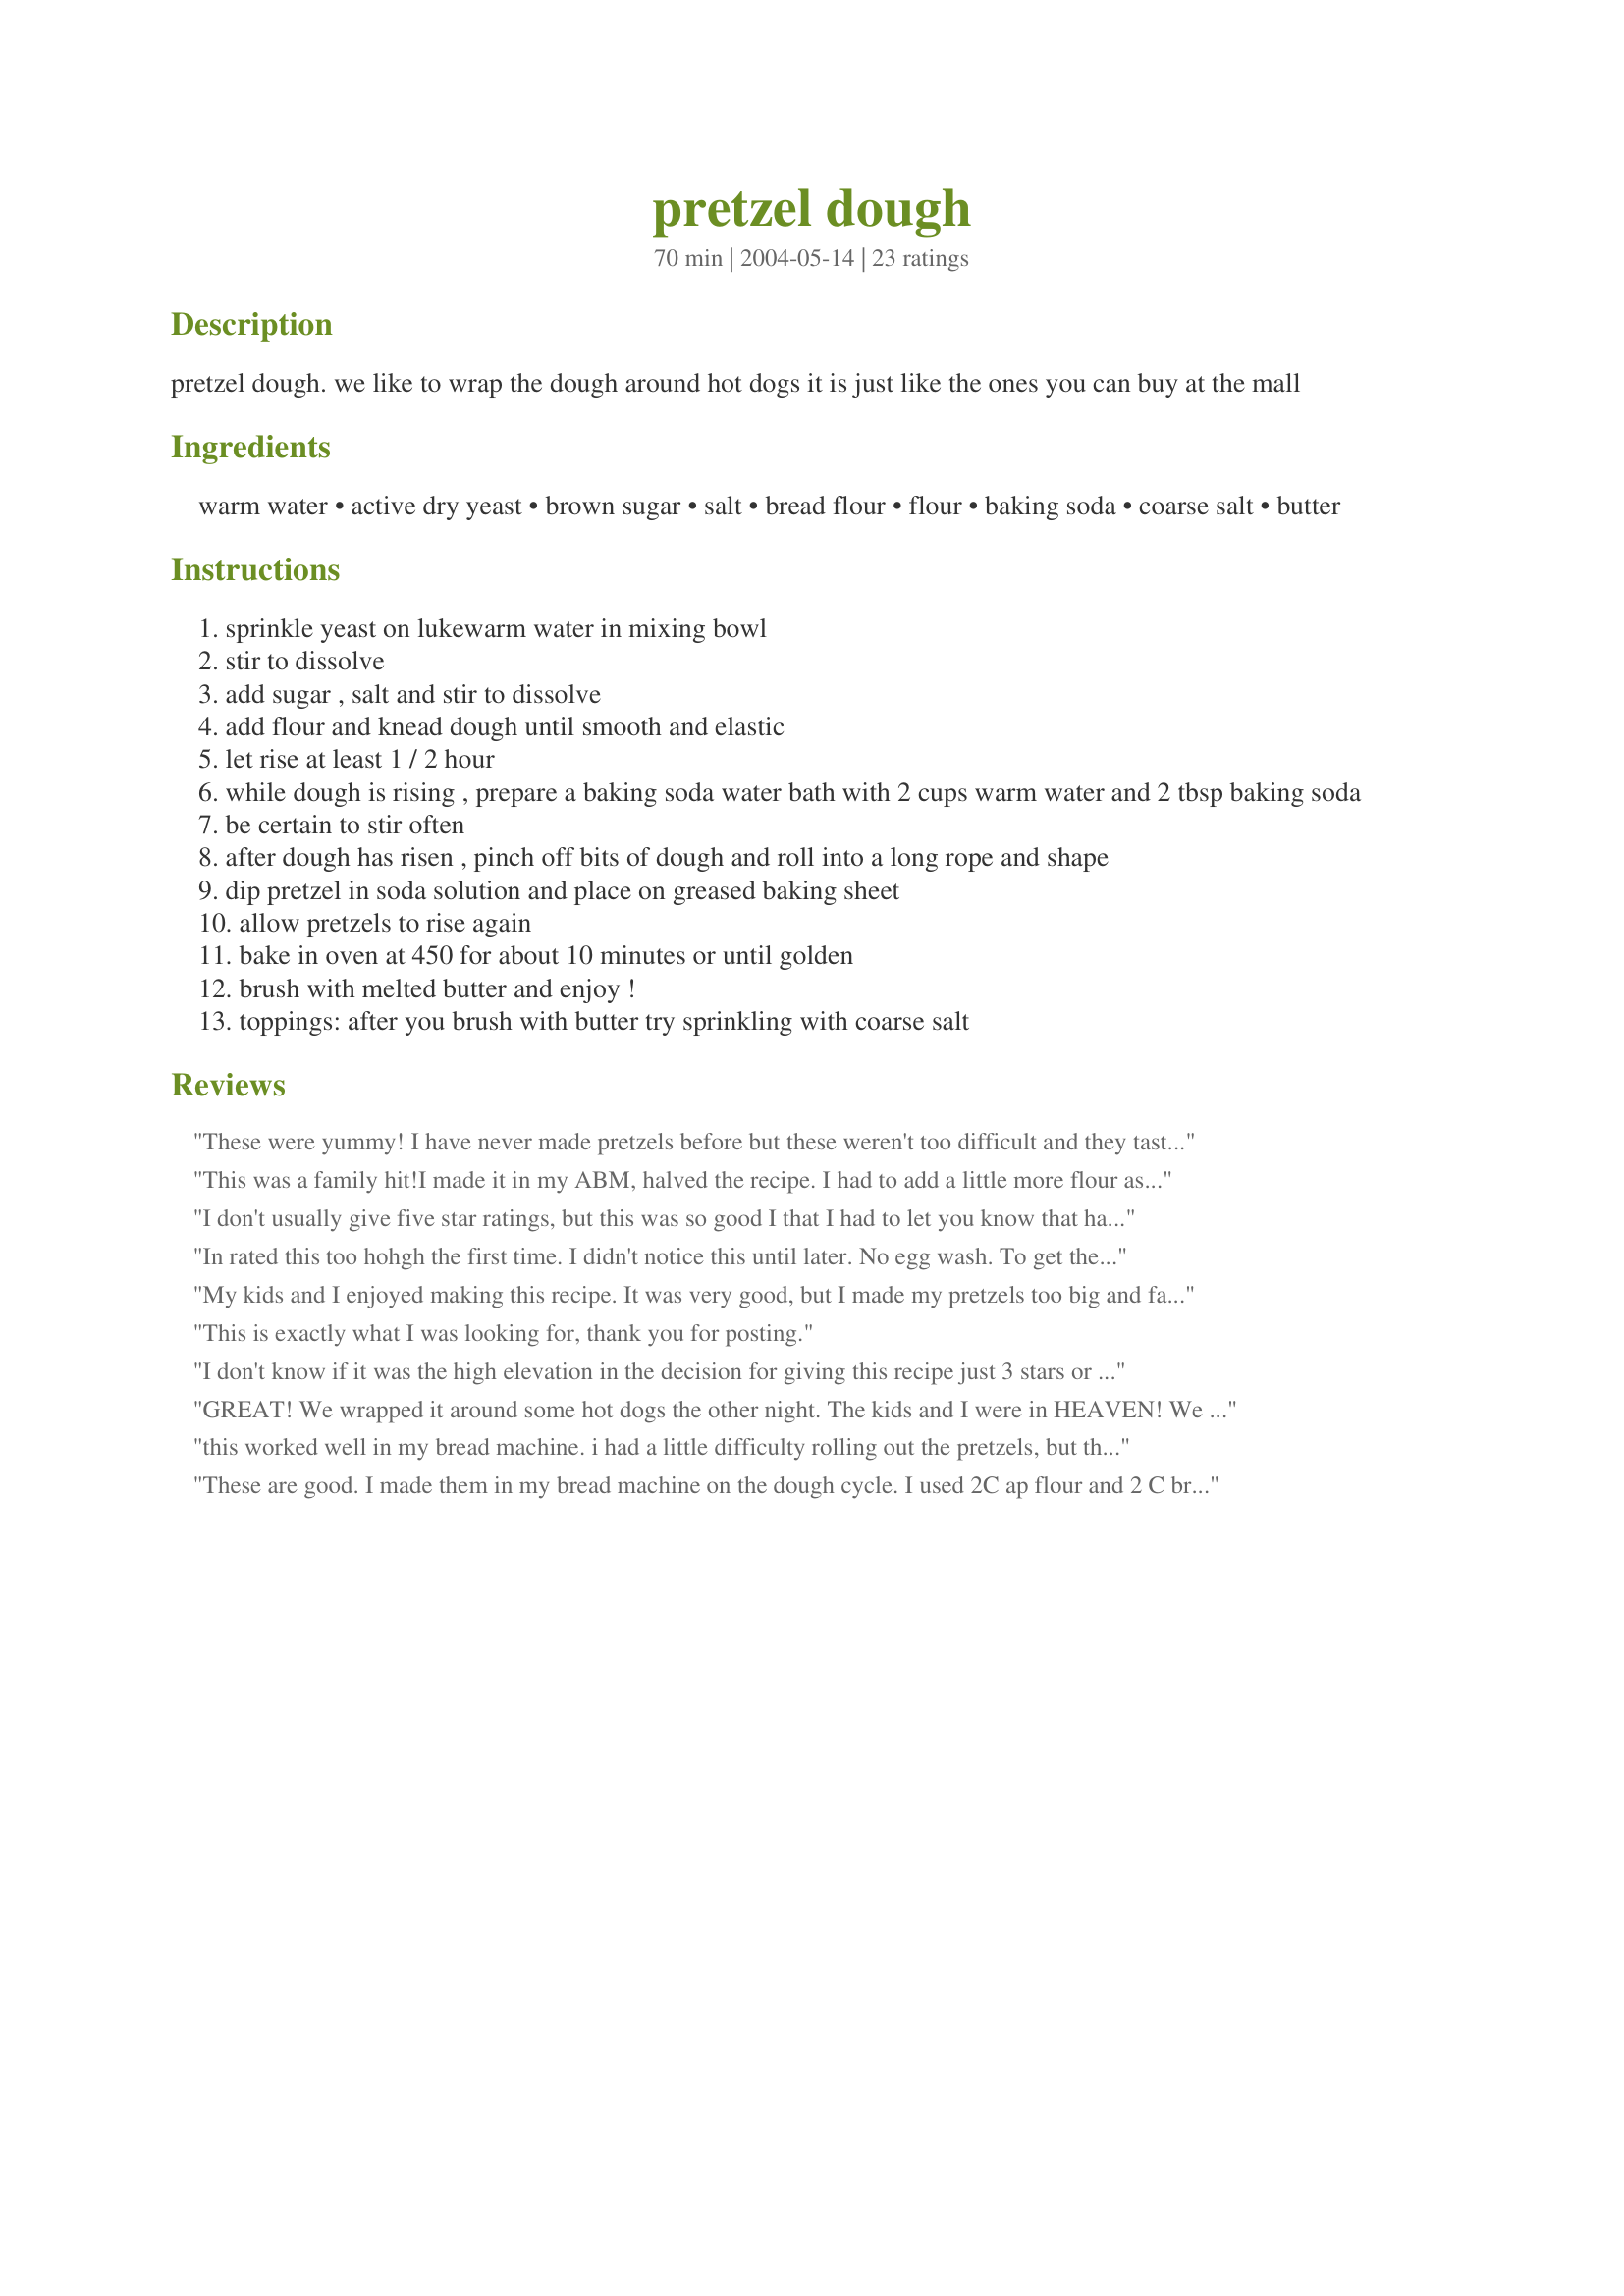
pretzel dough
Preparation time: 70 minutes

pretzel dough. we like to wrap the dough around hot dogs it is just like the ones you can buy at the mall

Ingredients:
warm water, active dry yeast, brown sugar, salt, bread flour, flour, baking soda, coarse salt, butter

Steps:
sprinkle yeast on lukewarm water in mixing bowl
stir to dissolve
add sugar , salt and stir to dissolve
add flour and knead dough until smooth and elastic
let rise at least 1 / 2 hour
while dough is rising , prepare a baking soda water bath with 2 cups warm water and 2 tbsp baking soda
be certain to stir often
after dough has risen , pinch off bits of dough and roll into a long rope and shape
dip pretzel in soda solution and place on greased baking sheet
allow pretzels to rise again
bake in oven at 450 for about 10 minutes or until golden
brush with melted butter and enjoy !
toppings: after you brush with butter try sprinkling with coarse salt

Reviews:
These were yummy! I have never made pretzels before but these weren't too difficult and they tasted great! I love Auntie Anne's pretzels and these were pretty close mMmMMmmmMm.... Thanks!
This was a family hit!I made it in my ABM, halved the recipe. I had to add a little more flour as the dough was getting mixed. I didn't have course salt so right after i took it out of the oven, i brushed with salted butter. I will definately make this again!! Thank you!
I don't usually give five star ratings, but this was so good I that I had to let you know that having this recipe is dangerous for anyone on a diet! Excellent recipe!
In rated this too hohgh the first time. I didn't notice this until later. No egg wash. To get the nice golden brown, it needs an eggwash on the outside 1 egg and 2 Tb water mix and baste on tops half way through baking.
My kids and I enjoyed making this recipe. It was very good, but I made my pretzels too big and fat, so they were more like bread. My kids made pretzel people which were perfect. Experiment with the size of the rope so you can find out how you like them best. I also followed CabinKat's advice an greased the cookie sheet with Crisco oil instead of a light coating of spray. Some stuck, but it was no problem. Enjoy!
This is exactly what I was looking for, thank you for posting.
I don't know if it was the high elevation in the decision for giving this recipe just 3 stars or if it was just the recipe. First off, there was confusion in the yeast. A pkg. & a half is far more than 1-1/8 tsp. Maybe h jones meant ounces? I used the equivalence of 1 pkg. which would balance the 4 cups of flour. The dough was far too moist and gooey to work with. It fell apart trying to shape it. I do feel that the final product did taste nice, but was hoping for something a bit more airy and not so heavy. After making it I compared it to others on here and found there was too many that were similar. I don't believe I will be doing this again.
GREAT! We wrapped it around some hot dogs the other night. The kids and I were in HEAVEN! We rarely do fun foods like this so it was great. Will be adding to my book and trying them as regular pretzels soon!
this worked well in my bread machine. i had a little difficulty rolling out the pretzels, but that's because i'm new to this whole stay-at-home thing and haven't cooked before.
These are good. I made them in my bread machine on the dough cycle. I used 2C ap flour and 2 C bread flour. I brushed them with a soy butter because of allergies.
These worked great as long skinny breadsticks, and also used them as hot dog buns. Thanks for sharing!
These were OK...I'd defiantly recommend the dough be used to wrap around wieners or cheese and whatever else you come up with because the dough alone isn't very tasty (bland and not pretzely); maybe some tweaking could fix that though. Also, the wash that is supposed to help them brown and makes that shiny coat on regular pretzels....is not the one used in this recipe. Mine came out like dull dinner rolls. :(
A favorite in our family! Great recipe :)
I made these for a little Oscar Party this weekend and they were GLORIOUS! I loved them. I found the texture and taste to be just perfect. A nice crunch on the outside and a soft, doughy inside. It took about an hour for my dough to rise completely and another half hour once they were dunked in the baking soda solution. These were a huge hit. I'll definitely be making them again!
Yummy. With more experience in making these, they'll be just like the ones at the mall. :)
Oh, wow! I can't believe how easy this was to make!! I made little ropes and wrapped them around hot dogs just like you suggested, and they baked up so beautifully! Exactly like pretzel dogs at the mall. I will never buy another one again!! Thanks, h jones!!
Once you salt and butter it, you can see the resemblance to mall pretzels. My complaints: the dough doesn't roll thin enough without breaking. It is missing something that I can't quite put my finger on. It's not as chewy; something about mall pretzels is that they almost taste as if they are quick fried which is hard taste to replicate at home. My praises: it comes out really soft and delicious. Once the pretzel sucks up the butter and salt, it is really delicious! They go great around hot dogs too, I just quick boil the hot dogs about half way and then let them cool before I wrap them in dough.
I was looking for a dough to wrap around hot dogs, and I now know I found it. Made it as pretzels first to see how they would come out. The whole family devoured them, and said I needed to make another batch for snacks this evening. As good as if not better than the mall pretzels, and so much better than the frozen ones in the store, and much cheaper too. I made mine in the bread machine, and brushed the soda water generously, then salted. I did brush butter on when they were done. Another keeper I tell you if I keep finding all these keepers they will never let me out of the kitchen.lol.
Fun! And yummy! I made the dough in my ABM then made letters out of some of the dough, and wrapped some dough around chunks of cheese. I had two cookie sheets full, and baked at the same time. The sheet closest to the coils were beautifully browned, while the other sheet was tan. The cheese filled pretzels were INCREDIBLE! We'll be making these again and again!
Wow! I too wrapped hot dogs in this dough. I almost cried, it was like instant therapy reminding me of my childhood. Excellent!!
Updated: These made yummy, yummy pretzel cheese logs. Next time I'll make pizza logs by coating the cheese in tomato sauce; and next time I plan on freezing it beforehand so it doesn't leak out the ends like it did with this batch. I used 3/4 cup white flour and 3/4 cup whole wheat flour and salted with kosher salt-- I skipped the melted butter and just baked with the salt on.
This is exactly what I was looking for, thank you for posting. This tasted exactly like the super pretzels you get at ball parks with the cup of cheese.
I used my bread machine, and skipped the soda water. I brushed the pretzels with egg white before baking, and they were devine. I ate 5 before they cooled off. Needless to say, I loved them! I always dip them in mustard, and it was fabulous.
This was so fun. I wrapped hotdogs with it and both my husband and I thought they were yummy. I used the other half of the dough to make the pretzels. I had a devil of a time rolling the dough out into a long thin rope, but I got it close enough.
